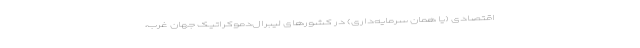
اقتصادی (یا همان سرمایه‌داری) در کشورهای لیبرال‌دموکراتیک جهان غرب،